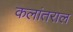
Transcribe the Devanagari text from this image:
कलांतराल